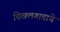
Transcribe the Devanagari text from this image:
चिखलगावाचे